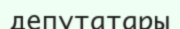
депутатары